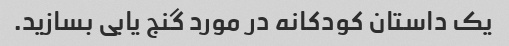
یک داستان کودکانه در مورد گنج یابی بسازید.